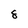
Character: 8